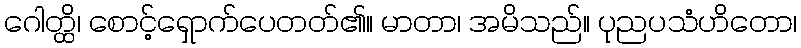
ဂေါတ္ထိ၊ စောင့်ရှောက်ပေတတ်၏။ မာတာ၊ အမိသည်။ ပုညပသံဟိတော၊